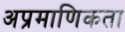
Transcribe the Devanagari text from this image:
अप्रमाणिकता